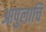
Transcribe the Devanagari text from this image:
आपुलाचि